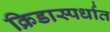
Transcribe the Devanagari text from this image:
क्रिडास्पर्धात